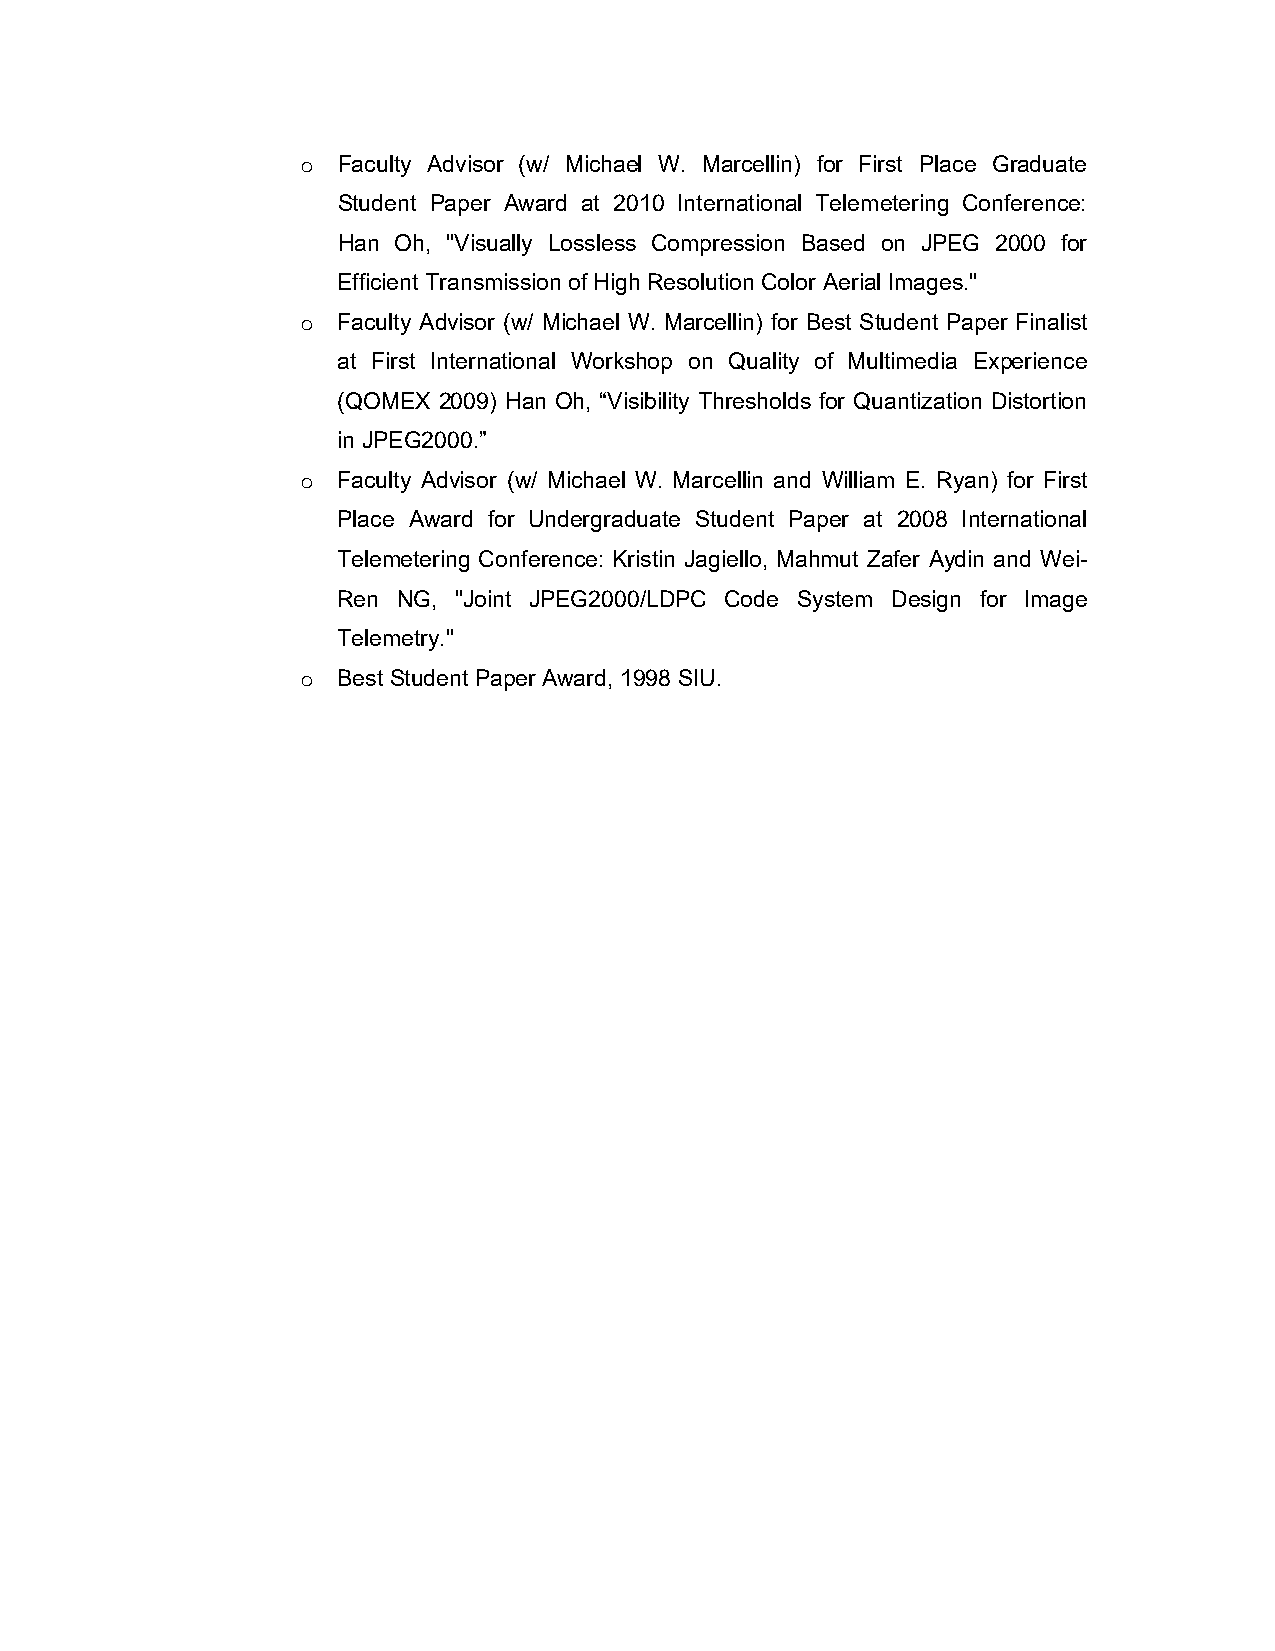
Faculty Advisor (w/ Michael W. Marcellin) for First Place Graduate
 o
 Student Paper Award at 2010 International Telemetering Conference:
 Han Oh, "Visually Lossless Compression Based on JPEG 2000 for
 Efficient Transmission of High Resolution Color Aerial Images."
 Faculty Advisor (w/ Michael W. Marcellin) for Best Student Paper Finalist
 o
 at First International Workshop on Quality of Multimedia Experience
 (QOMEX 2009) Han Oh, “Visibility Thresholds for Quantization Distortion
 in JPEG2000.”
 Faculty Advisor (w/ Michael W. Marcellin and William E. Ryan) for First
 o
 Place Award for Undergraduate Student Paper at 2008 International
 Telemetering Conference: Kristin Jagiello, Mahmut Zafer Aydin and Wei-
 Ren NG, "Joint JPEG2000/LDPC Code System Design for Image
 Telemetry."
 Best Student Paper Award, 1998 SIU.
 o